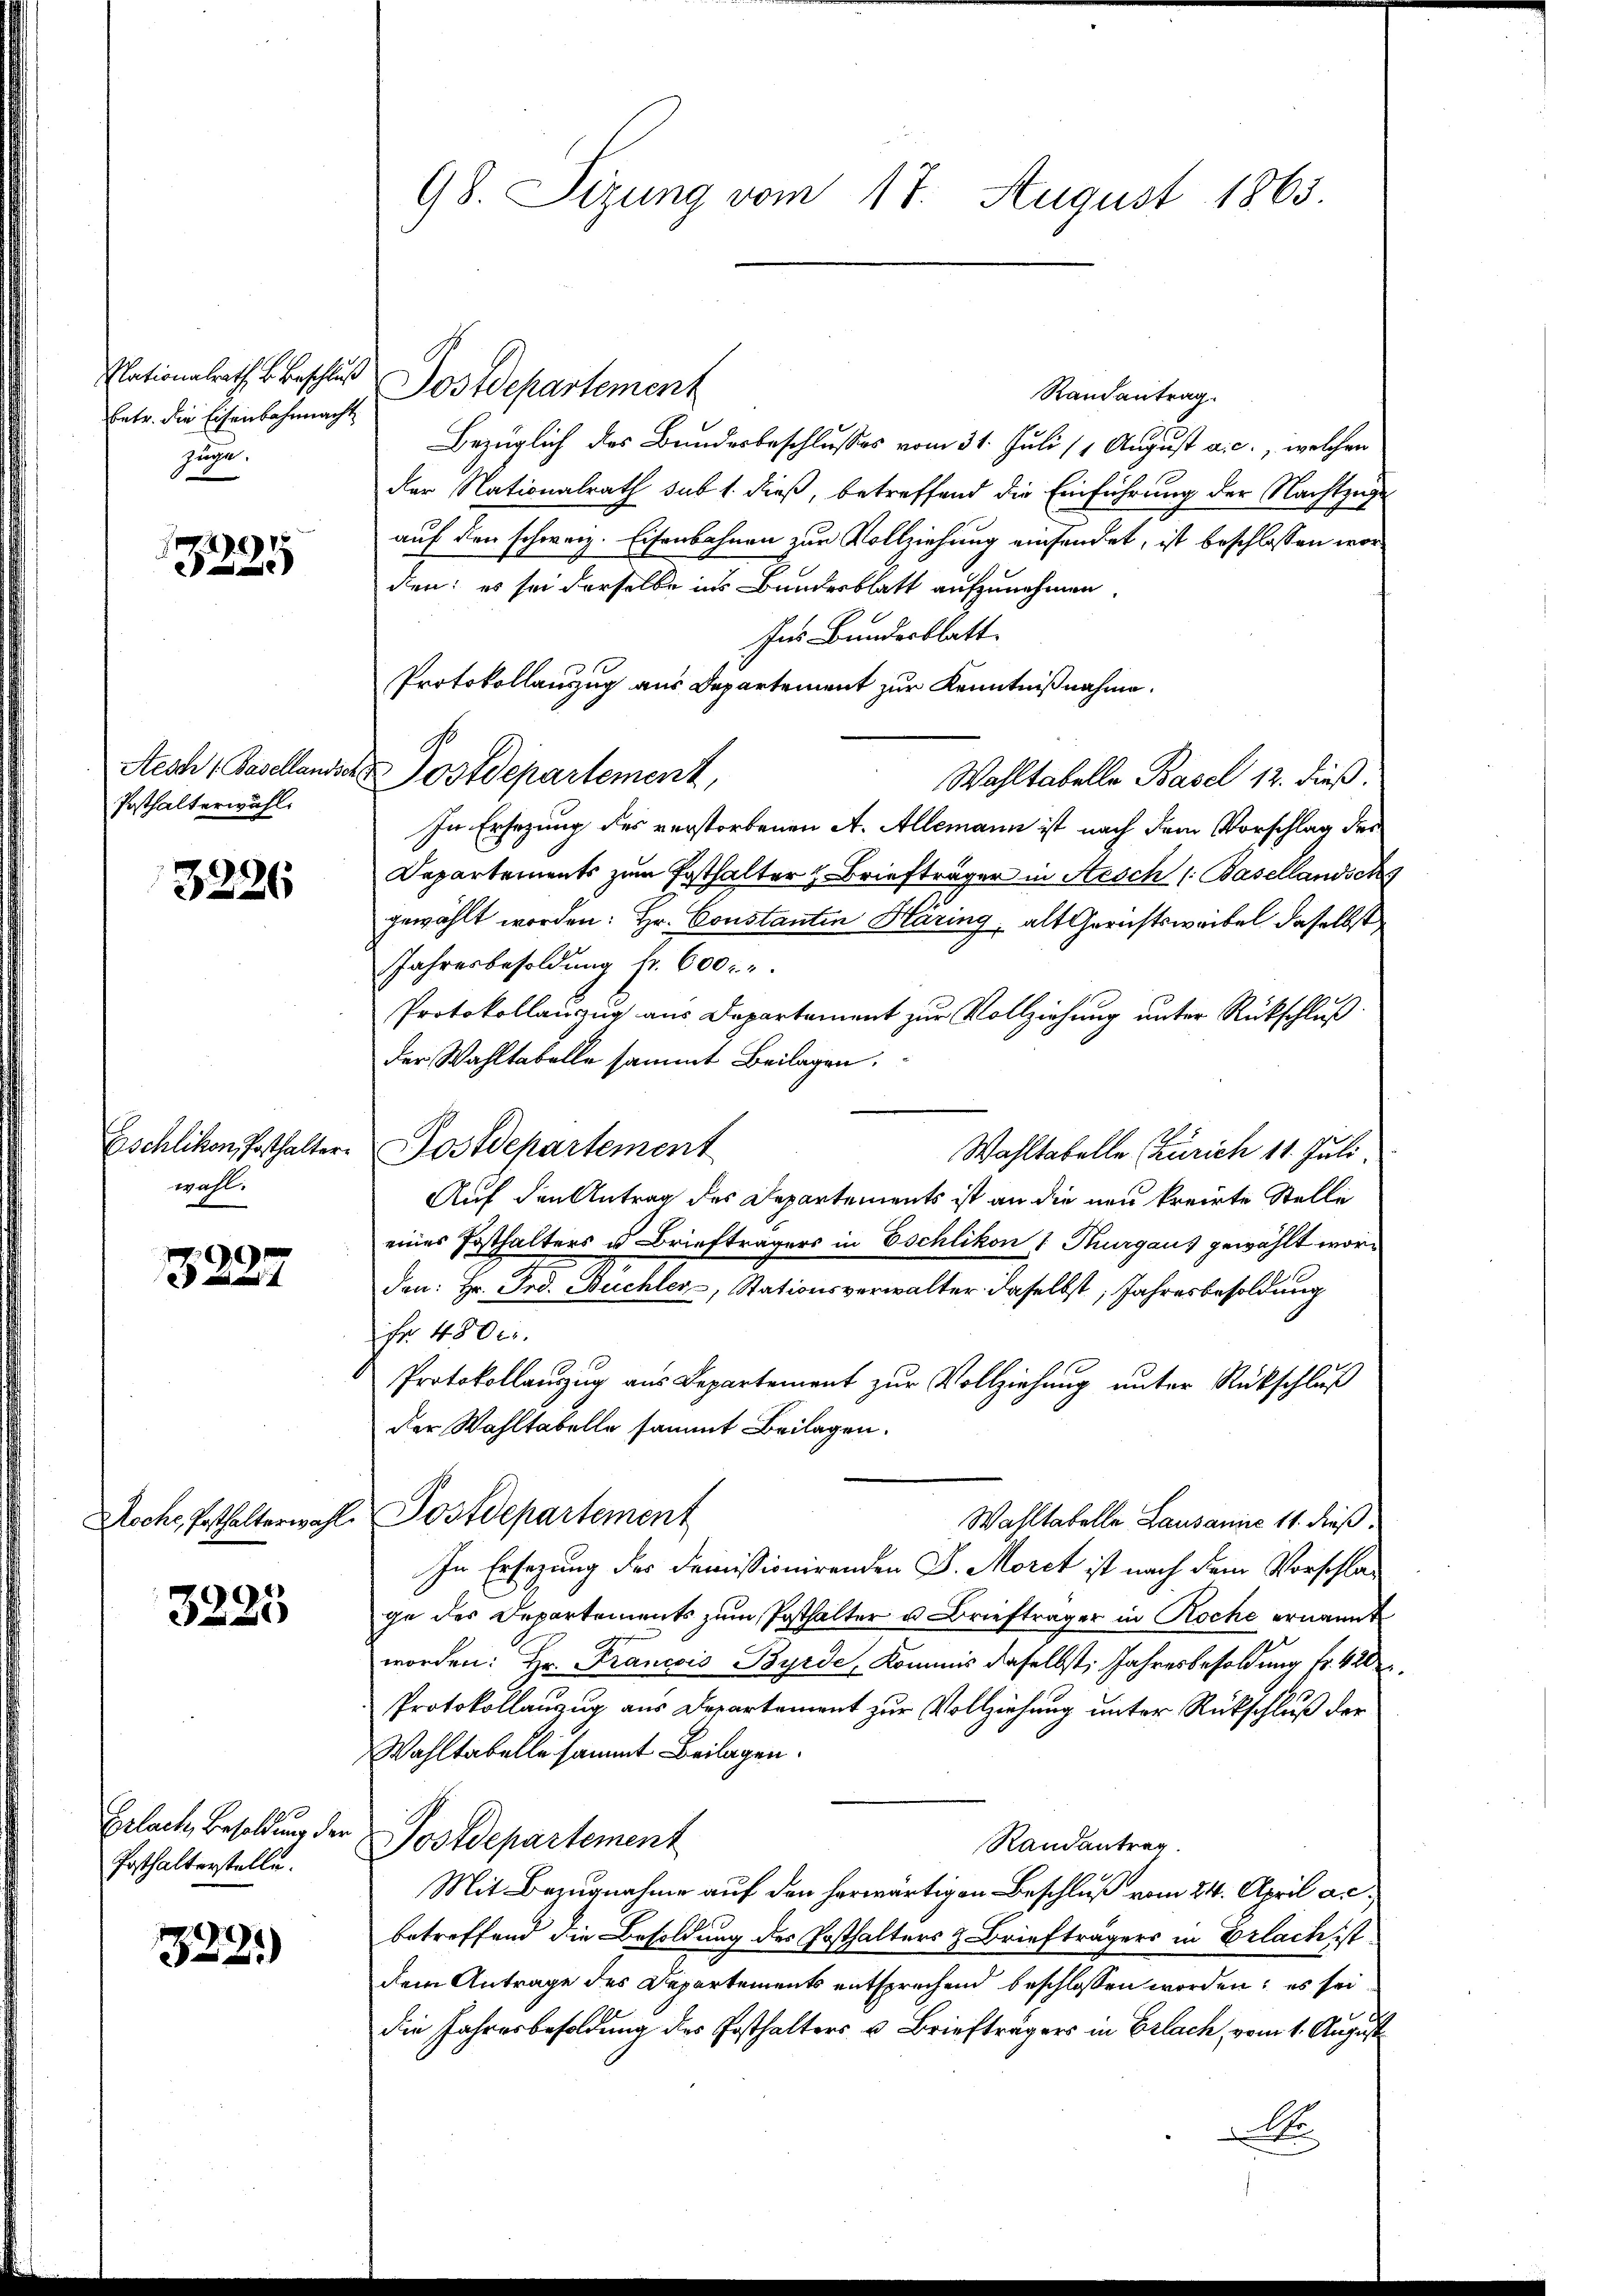
Nationalrath v. Beschluß
Betr. die Eisenbahnmacht
Zuge.

)
e

Reser (Basellandsch
Posthalterwähl

3226

Gschlikon, Posthalterwahl.

99
a

Roche, Posthalterwahl.

3225

Erlach, Besoldung der
Posthalterstelle.

1822.)

98. Sizung vom 17. August 1865.

ostdepartement
Randantrag.
Bezüglich des Bundesbeschlusses vom 31. Juli 11 August a. c., welchen
der Nationalrath sub 1. dieß, betreffend die Einführung der Nachtzuge
auf den schweiz. Eisenbahnen zur Vollziehung einsendet, ist beschlossen worden: es sei derselbe ins Bundesblatt aufzunehmen.
Ins Bundesblatt
Protokollauszug aus Departement zur Kenntnißnahme.
Postdepartement,
Wahltabelle Basel 12. dieß.
In Ersezung des verstorbenen A. Allemann ist nach dem Vorschlag der
Departements zum Posthalter z. Briefträger in Aesch (: Basellandsch
gewählt worden: Hr. Constanten Häring, alt Gerichtswaibel daselbst
Jahresbesoldung fr. 600 r.
Protokollauszug aus Departement zur Vollziehung unter Rückschluß
der Wahltabelle sammt Beilagen.
Postdepartement
Wahltabelle Zürich 11. Juli
Auf den Antrag des Departements ist an die neu kreierte Stelle
eines Posthalters u. Briefträgers in Eschlikon 1 Thurgaus gewählt worden: Hr. Frd. Buchler, Stationsverwalter daselbst, Jahresbesoldung
Fr. 4800.
Protokollauszug aus Departement zur Vollziehung unter Rückschluß
der Wahltabelle sammt Beilagen.
Postdepartement
Wahltabelle Lausanie 11. dieß
In Ersezung der Domissionirenden J. Morct ist nach dem Vorschlage des Departements zum Posthalter u. Briefträger in Roche ernannt
worden: Hr. Francois Byrde, Kommis daselbst, Jahresbesoldung fr. 420
Protokollanzug aus Departement zur Vollziehung unter Rückschluß der
Wahltabelle sammt Beilagen.
Postdepartement
Randantrag.
Mit Bezugnahme auf den herwärtigen Beschluß vom 24. April a. .
betreffend die Besoldung des Posthalters & Briefträgers in Erlach ist
dem Antrage des Departements entsprechend beschlossen worden; es sei
die Jahresbesoldung des Posthalters u. Briefträgers in Erlach, vom 1. August
e